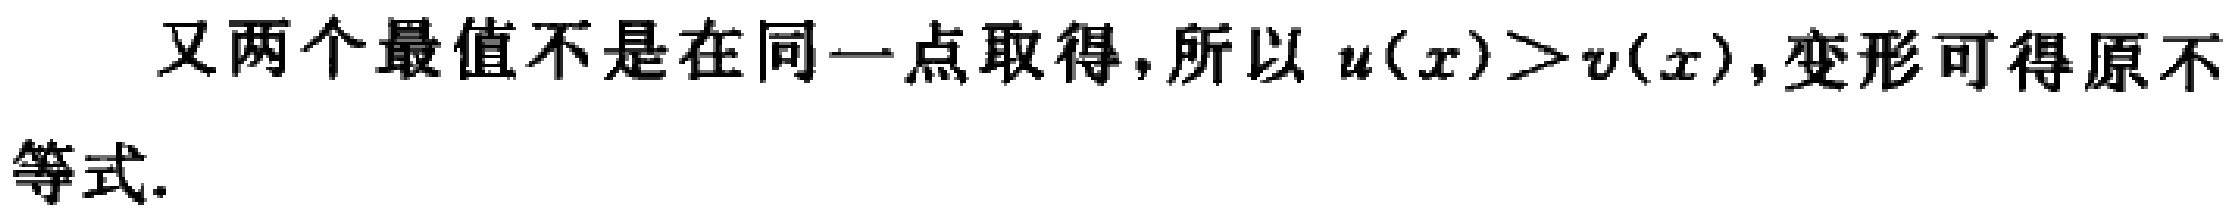
又两个最值不是在同一点取得,所以 \(u(x)>v(x)\),变形可得原不等式.